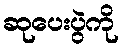
ဆုပေးပွဲကို